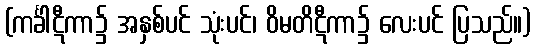
(ကင်္ခါဋီကာ၌ အနှစ်ပင် သုံးပင်၊ ဝိမတိဋီကာ၌ လေးပင် ပြသည်။)